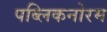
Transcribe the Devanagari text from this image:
पब्लिकनोरम